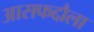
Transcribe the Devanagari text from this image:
आसफद्दौला